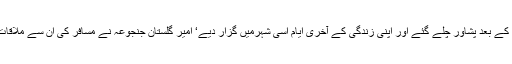
مسافر کی غلام اسحاق خان سے صرف ایک ملاقات تھی‘ یہ 1993 میں صدارت سے فارغ ہونے کے بعد پشاور چلے گئے اور اپنی زندگی کے آخری ایام اسی شہرمیں گزار دیے‘ امیر گلستان جنجوعہ نے مسافر کی ان سے ملاقات کا اہتمام کیا تھااور مسافر نے ان سے صرف ایک سوال پوچھا تھا ’’کیا پاکستان ایٹمی طاقت ہے؟